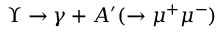
\Upsilon \rightarrow \gamma + A ^ { \prime } ( \rightarrow \mu ^ { + } \mu ^ { - } )